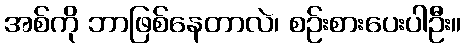
အစ်ကို ဘာဖြစ်နေတာလဲ၊ စဉ်းစားပေးပါဦး။